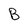
Character: B